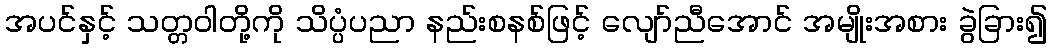
အပင်နှင့် သတ္တဝါတို့ကို သိပ္ပံပညာ နည်းစနစ်ဖြင့် လျော်ညီအောင် အမျိုးအစား ခွဲခြား၍